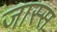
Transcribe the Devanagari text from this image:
जास्स